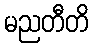
မညတီတိ